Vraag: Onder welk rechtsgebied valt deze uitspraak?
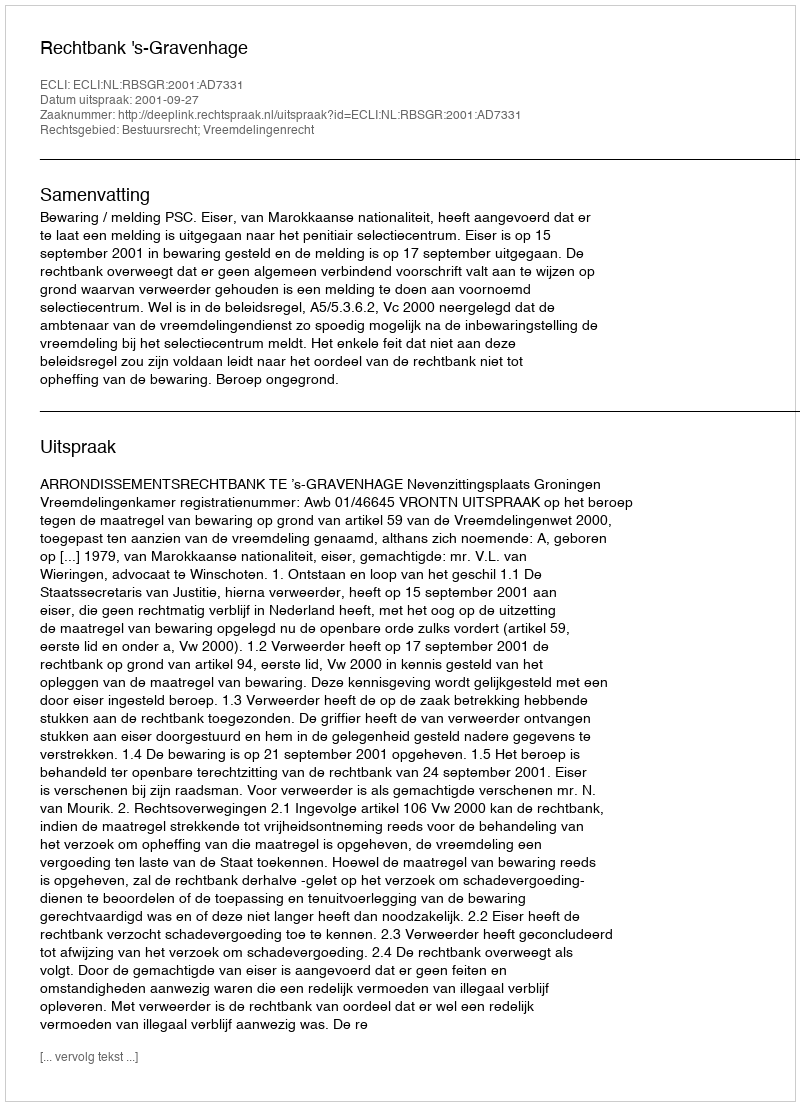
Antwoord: Bestuursrecht; Vreemdelingenrecht